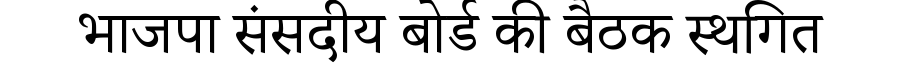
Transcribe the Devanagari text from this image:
भाजपा संसदीय बोर्ड की बैठक स्थगित